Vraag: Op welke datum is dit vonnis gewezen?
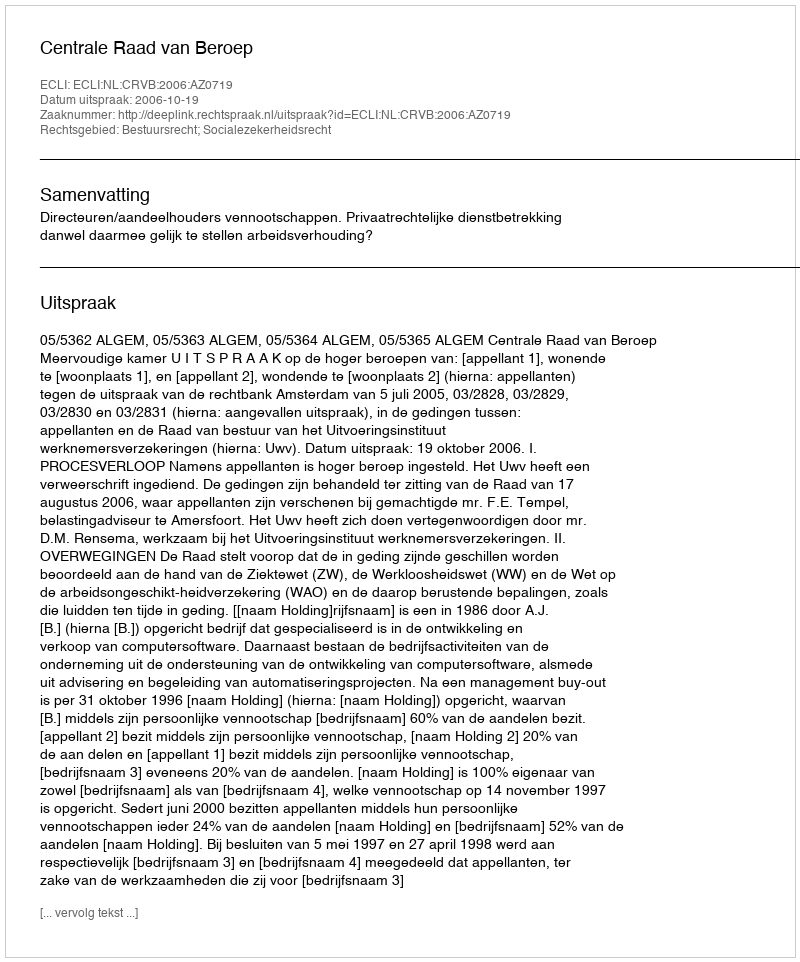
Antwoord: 2006-10-19